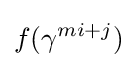
f(\gamma ^{mi+j})